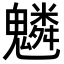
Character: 𩴠